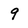
Character: 9